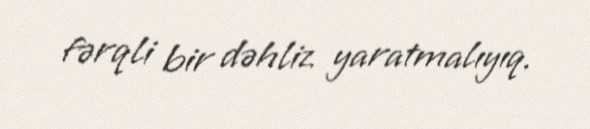
fərqli bir dəhliz yaratmalıyıq.